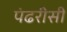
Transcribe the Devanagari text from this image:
पंढरीसी